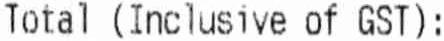
TOTAL (INCLUSIVE OF GST):